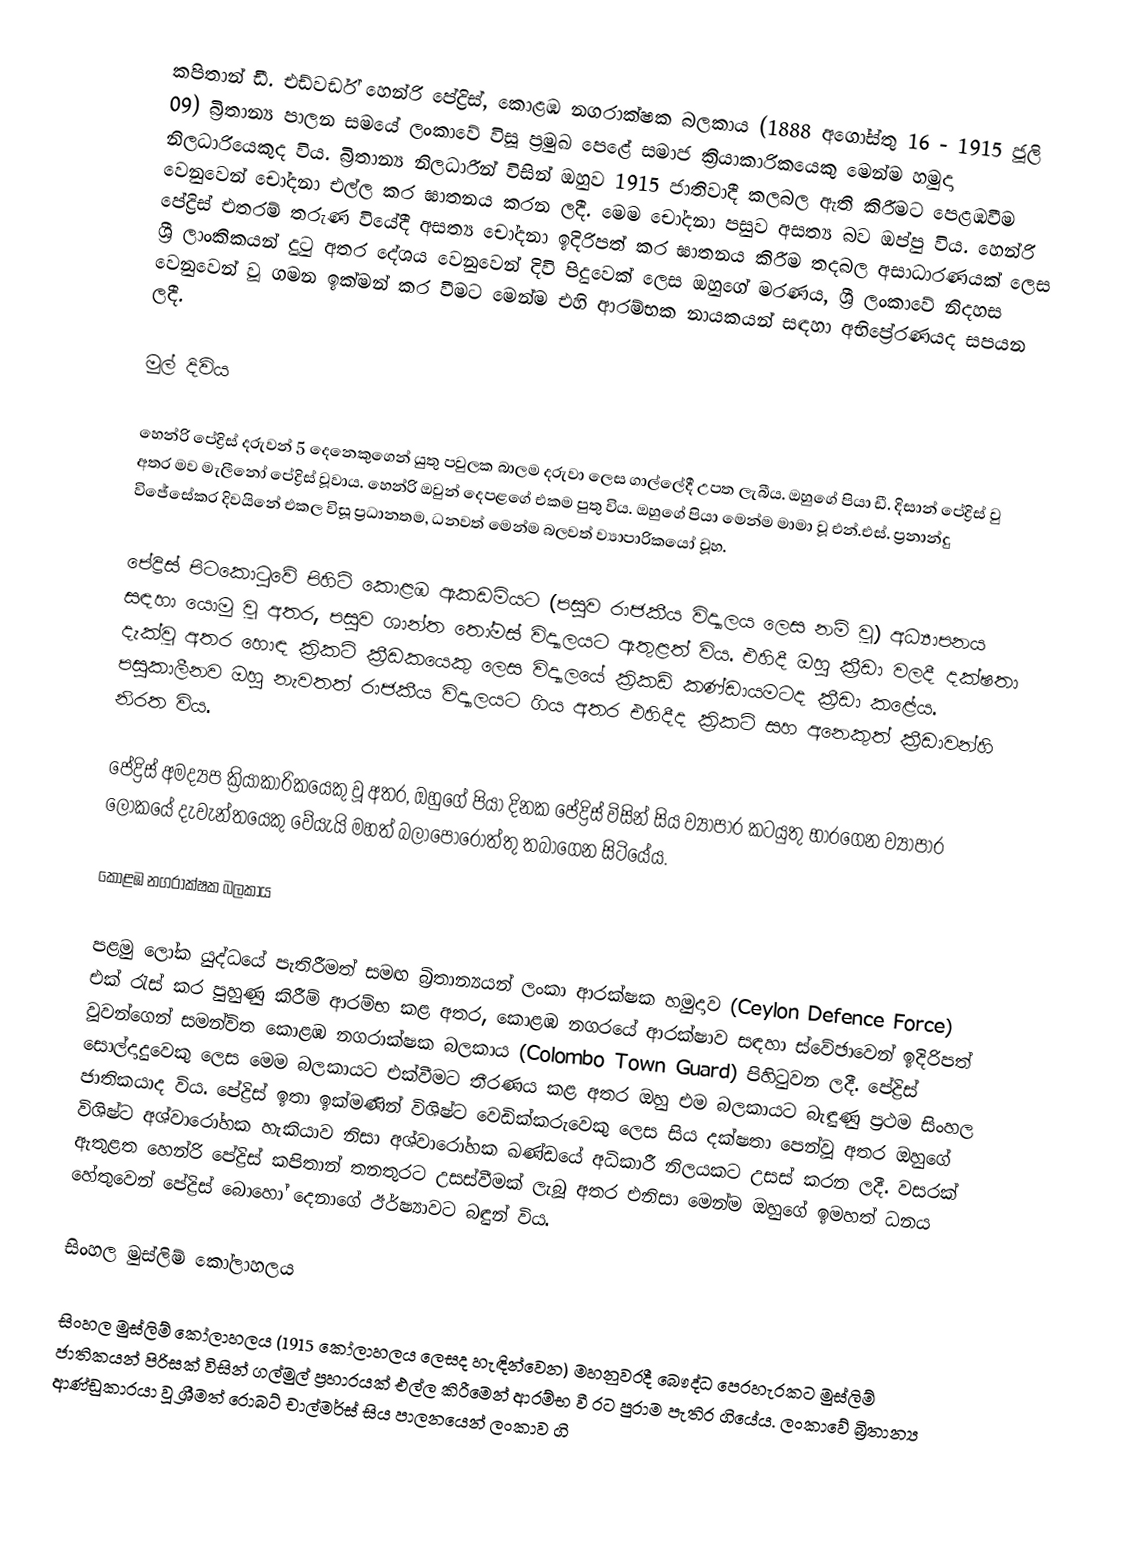
කපිතාන් ඩී. එඩ්වර්ඩ් හෙන්රි පේද්‍රිස්, කොළඹ නගරාක්ෂක බලකාය (1888 අගෝස්තු 16 - 1915 ජූලි 09) බ්‍රිතාන්‍ය පාලන සමයේ ලංකාවේ විසූ ප්‍රමුඛ පෙළේ සමාජ ක්‍රියාකාරිකයෙකු මෙන්ම හමුදා නිලධාරියෙකුද විය. බ්‍රිතාන්‍ය නිලධාරීන් විසින් ඔහුව 1915 ජාතිවාදී කලබල ඇති කිරීමට පෙළඹවීම වෙනුවෙන් චෝදනා එල්ල කර ඝාතනය කරන ලදී. මෙම චෝදනා පසුව අසත්‍ය බව ඔප්පු විය. හෙන්රි පේද්‍රිස් එතරම් තරුණ වියේදී අසත්‍ය චෝදනා ඉදිරිපත් කර ඝාතනය කිරීම තදබල අසාධාරණයක් ලෙස ශ්‍රී ලාංකිකයන් දු‍ටු අතර දේශය වෙනුවෙන් දිවි පිදුවෙක් ලෙස ඔහුගේ මරණය, ශ්‍රී ලංකාවේ නිදහස වෙනුවෙන් වූ ගමන ඉක්මන් කර වීමට මෙන්ම එහි ආරම්භක නායකයන් සඳහා අභිප්‍රේරණයද සපයන ලදී.

මුල් දිවිය

හෙන්රි පේද්‍රිස් දරුවන් 5 දෙනෙකුගෙන් යුතු පවුලක බාලම දරුවා ලෙස ගාල්ලේදී උපත ලැබීය. ඔහුගේ පියා ඩී. දිසාන් පේද්‍රිස් වු අතර මව මැලීනෝ පේද්‍රිස් වූවාය. හෙන්රි ඔවුන් දෙපළගේ එකම පුතු විය. ඔහුගේ පියා මෙන්ම මාමා වූ එන්.එස්. ප්‍රනාන්දු විජේසේකර දිවයිනේ එකල විසූ ප්‍රධානතම, ධනවත් මෙන්ම බලවත් ව්‍යාපාරිකයෝ වූහ.

පේද්‍රිස් පිටකො‍ටුවේ පිහිටි කොළඹ ඇකඩමියට (පසුව රාජකීය විද්‍යාලය ලෙස නම් වූ) අධ්‍යාපනය සඳහා යොමු වූ අතර, පසුව ශාන්ත ‍තෝමස් විද්‍යාලයට ඇතුළත් විය. එහිදී ඔහු ක්‍රීඩා වලදී දක්ෂතා දැක්වූ අතර හොඳ ක්‍රිකට් ක්‍රීඩකයෙකු ලෙස විද්‍යාලයේ ක්‍රිකඩ් කණ්ඩායමටද ක්‍රීඩා කළේය. පසුකාලීනව ඔහු නැවතත් රාජකීය විද්‍යාලයට ගිය අතර එහිදීද ක්‍රිකට් සහ අනෙකුත් ක්‍රීඩාවන්හි නිරත විය.

පේද්‍රිස් අමද්‍යප ක්‍රියාකාරිකයෙකු වූ අතර, ඔහුගේ පියා දිනක පේද්‍රිස් විසින් සිය ව්‍යාපාර කටයුතු භාරගෙන ව්‍යාපාර ලෝකයේ දැවැන්තයෙකු වේයැයි මහත් බලාපොරොත්තු තබාගෙන සිටියේය.

කොළඹ නගරාක්ෂක බලකාය

පළමු ලෝක යුද්ධයේ පැතිරීමත් සමඟ බ්‍රිතාන්‍යයන් ලංකා ආරක්ෂක හමුදාව (Ceylon Defence Force) එක් ‍රැස් කර පුහුණු කිරීම් ආරම්භ කළ අතර, කොළඹ නගරයේ ආරක්ෂාව සඳහා ස්වේඡාවෙන් ඉදිරිපත් වූවන්ගෙන් සමන්විත කොළඹ නගරාක්ෂක බලකාය (Colombo Town Guard) පිහි‍ටුවන ලදී. පේද්‍රිස් සොල්දාදුවෙකු ලෙස මෙම බලකායට එක්වීමට තීරණය කළ අතර ඔහු එම බලකායට බැඳුණු ප්‍රථම සිංහල ජාතිකයාද විය. පේද්‍රිස් ඉතා ඉක්මණින් විශිෂ්ට වෙඩික්කරුවෙකු ලෙස සිය දක්ෂතා පෙන්වූ අතර ඔහුගේ විශිෂ්ට අශ්වාරෝහක හැකියාව නිසා අශ්වාරෝහක ඛණ්ඩයේ අධිකාරී නිලයකට උසස් කරන ලදී. වසරක් ඇතුළත හෙන්රි පේද්‍රිස් කපිතාන් තනතුරට උසස්වීමක් ලැබූ අතර එනිසා මෙන්ම ඔහුගේ ඉමහත් ධනය හේතුවෙන් පේද්‍රිස් බොහෝ දෙනාගේ ඊර්ෂ්‍යාවට බඳුන් විය.

සිංහල මුස්ලිම් කෝලාහලය

සිංහල මුස්ලිම් කෝලාහලය (1915 කෝලාහලය ලෙසද හැඳින්වෙන) මහනුවරදී බෞද්ධ පෙරහැරකට මුස්ලිම් ජාතිකයන් පිරිසක් විසින් ගල්මුල් ප්‍රහාරයක් එල්ල කිරීමෙන් ආරම්භ වී රට පුරාම පැතිර ගියේය. ලංකාවේ බ්‍රිතාන්‍ය ආණ්ඩුකාරයා වූ ශ්‍රීමත් රොබට් චාල්මර්ස් සිය පාලනයෙන් ලංකාව ගි